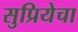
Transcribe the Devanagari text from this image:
सुप्रियेचा